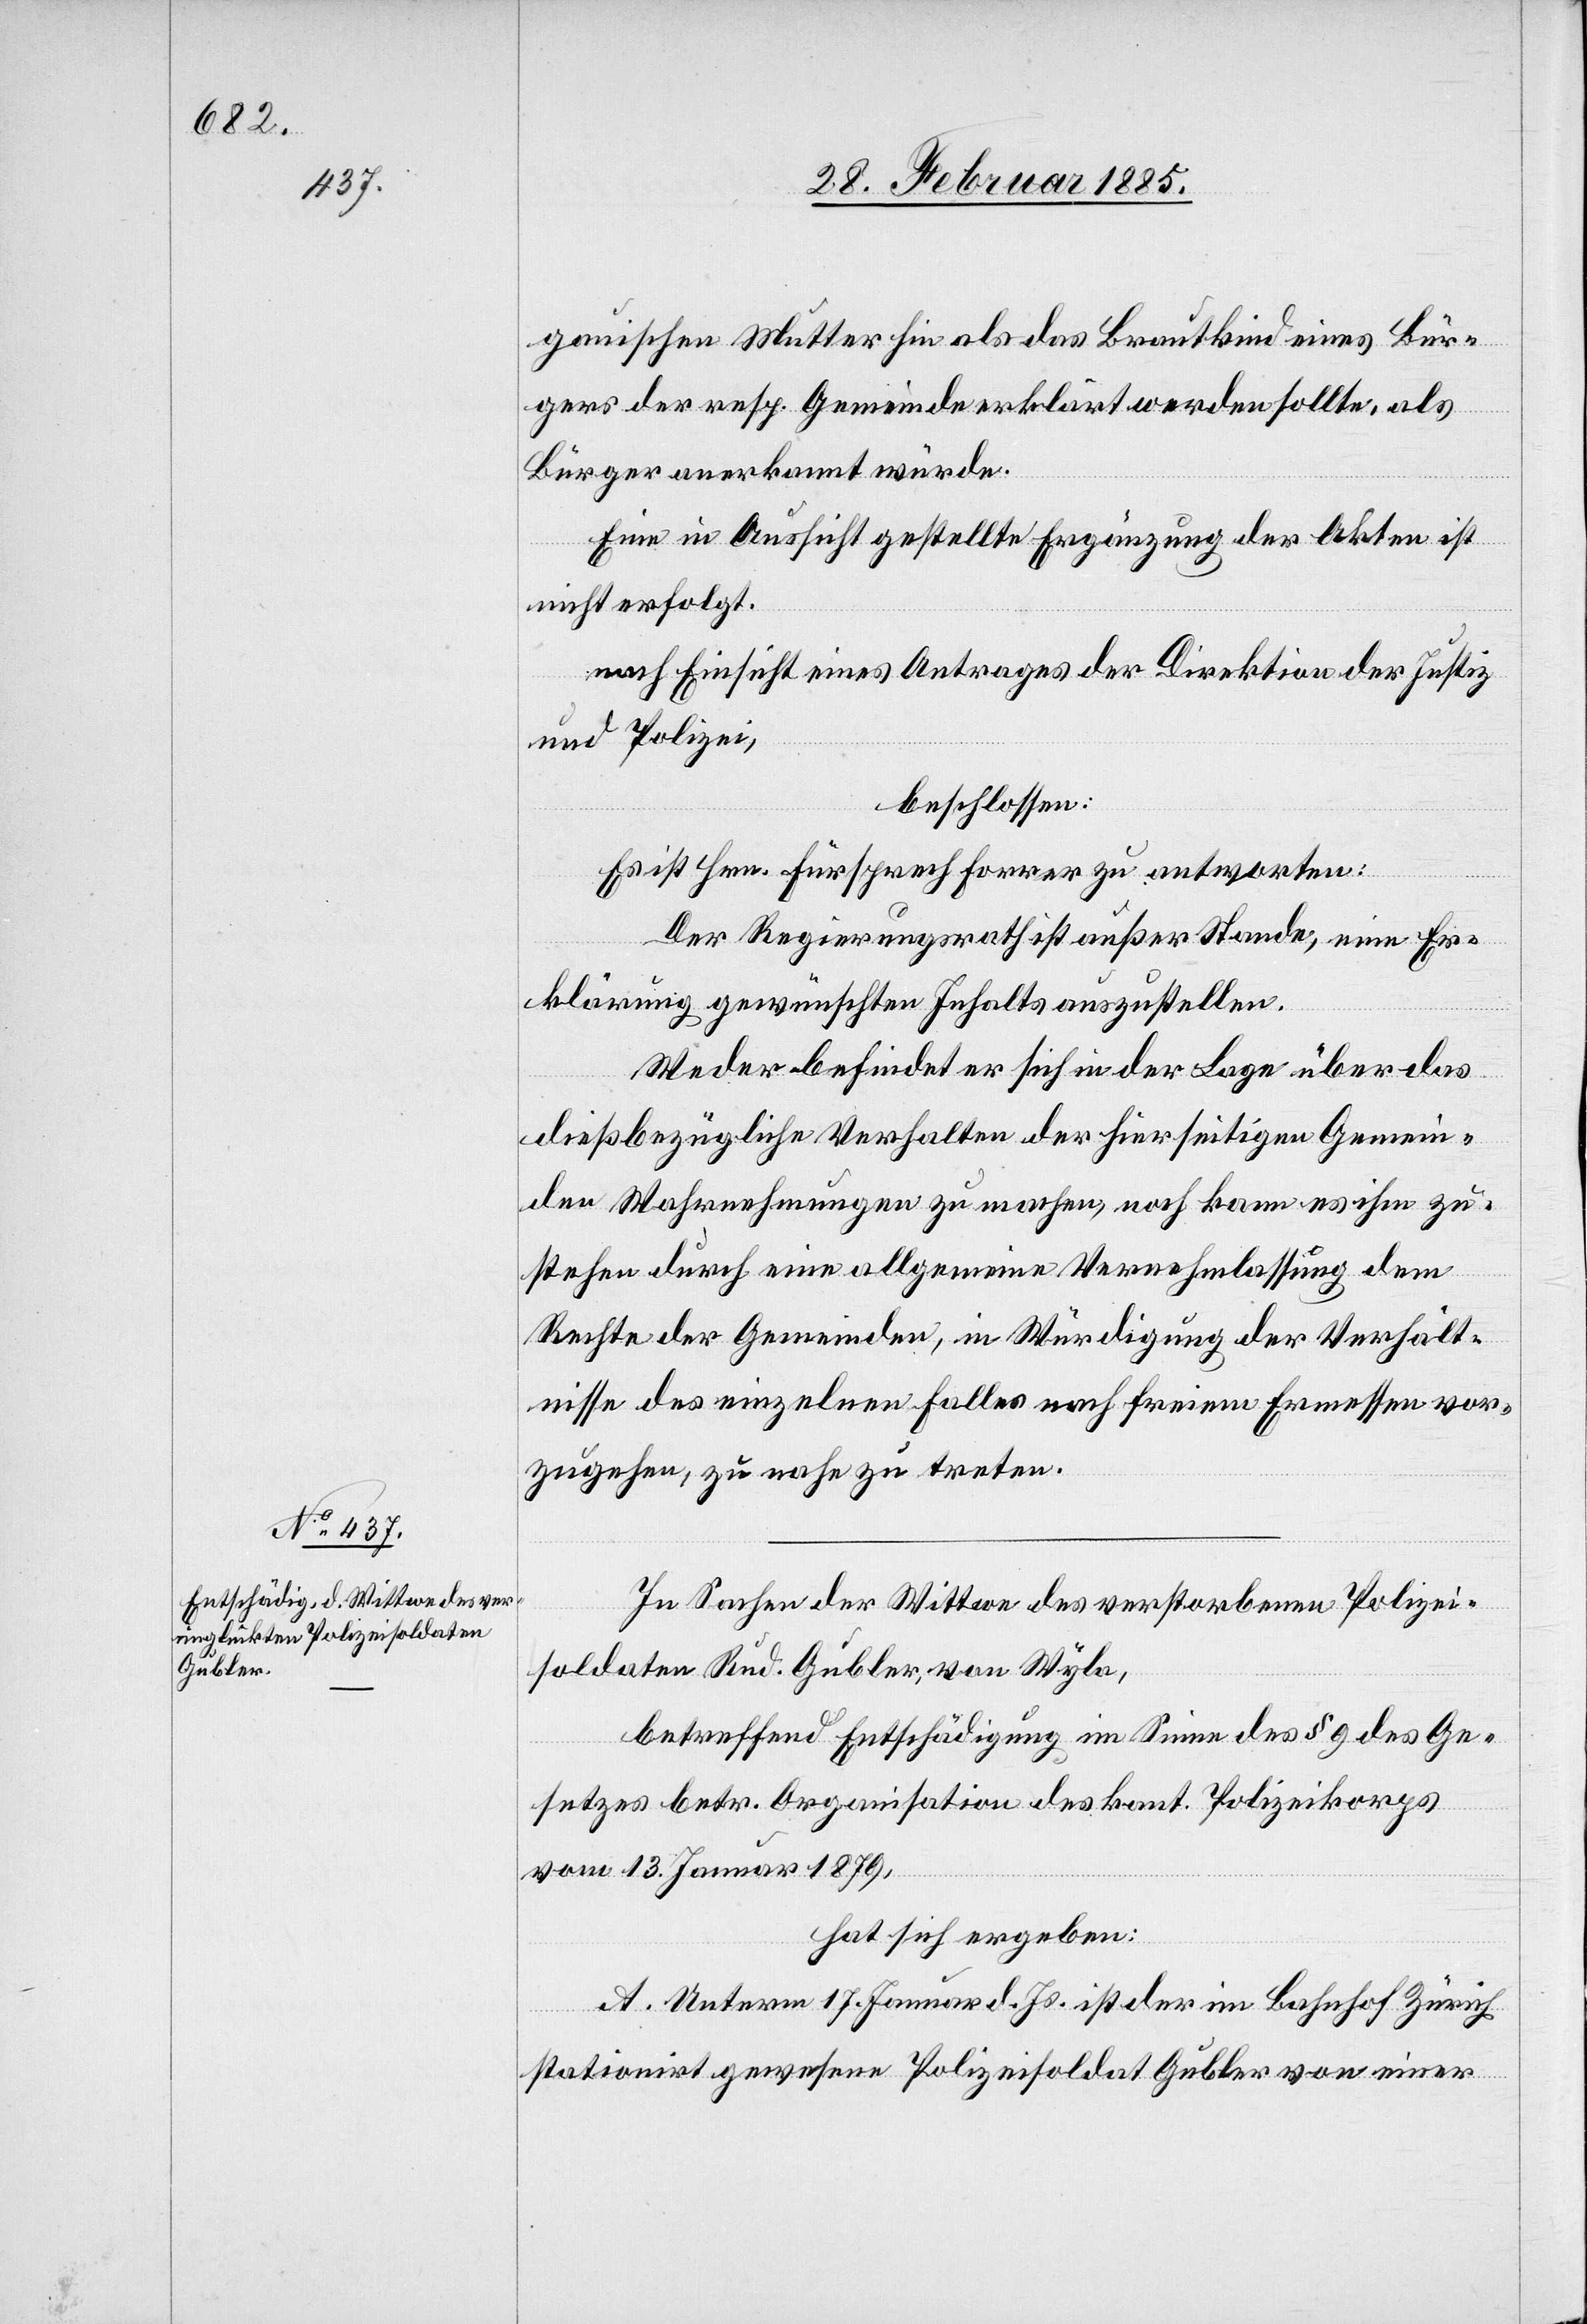
gauischen Mutter hin als das Brautkind eines Bür¬
gers der resp. Gemeinde erklärt werden sollte, als
Bürger anerkannt würde.
Eine in Aussicht gestellte Ergänzung der Akten ist
nicht erfolgt.
nach Einsicht eines Antrages der Direktion der Justiz
beschlossen:
Es ist Hrn. Fürsprech Forrer zu antworten:
Der Regierungsrath ist außer Stande, eine Er¬
klärung gewünschten Inhalts auszustellen.
Weder befindet er sich in der Lage über das
dießbezügliche Verhalten der hierseitigen Gemein¬
den Wahrnehmungen zu machen, noch kann es ihm zu¬
stehen durch eine allgemeine Vernehmlassung dem
Rechte der Gemeinden, in Würdigung der Verhält¬
nisse des einzelnen Falles nach freiem Ermessen vor¬
zugehen, zu nahe zu treten.
In Sachen der Wittwe des verstorbenen Polizei¬
soldaten Rud. Gubler, von Wyla,
betreffend Entschädigung im Sinne des § 9 des Ge¬
setzes betr. Organisation des kant. Polizeikorps
vom 13. Januar 1879,
hat sich ergeben:
A. Unterm 17. Januar d. Js. ist der im Bahnhof Zürich
stationirt gewesene Polizeisoldat Gubler von einer